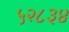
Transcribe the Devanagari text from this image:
५२८३४